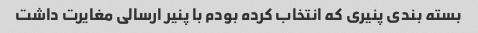
بسته بندی پنیری که انتخاب کرده بودم با پنیر ارسالی مغایرت داشت